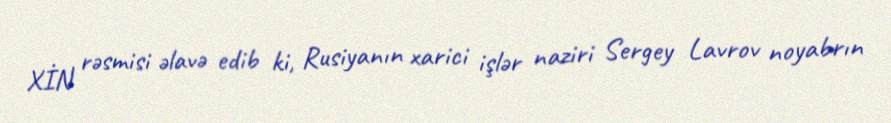
XİN rəsmisi əlavə edib ki, Rusiyanın xarici işlər naziri Sergey Lavrov noyabrın